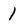
Character: 1